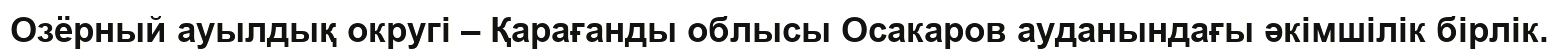
Озёрный ауылдық округі – Қарағанды облысы Осакаров ауданындағы әкімшілік бірлік.